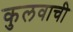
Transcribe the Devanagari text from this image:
कुलवाची